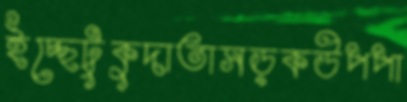
ইচ্ছেটুকুদাতাসড়কউপপা